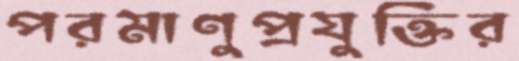
পরমাণুপ্রযুক্তির